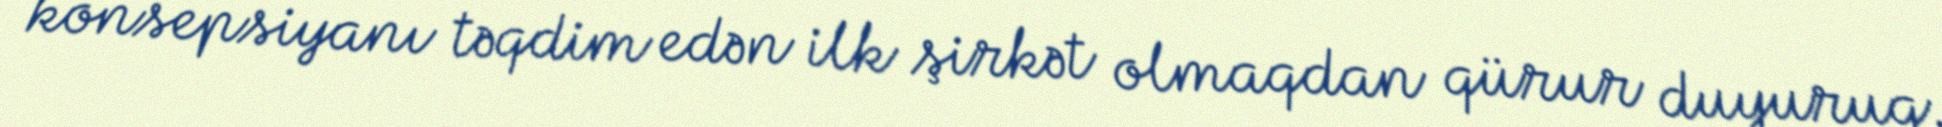
konsepsiyanı təqdim edən ilk şirkət olmaqdan qürur duyuruq.